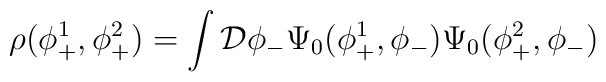
\rho(\phi_+^1 , \phi_+^2) = \int{\cal D}\phi_-\Psi_0(\phi_+^1,\phi_-) \Psi_0(\phi_+^2,\phi_-)